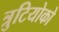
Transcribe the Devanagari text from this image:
त्रुटियोको